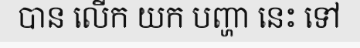
បាន លើក យក បញ្ហា នេះ ទៅ